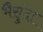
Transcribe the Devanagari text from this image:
भैसुंदा